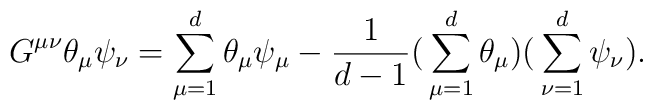
G^{\mu \nu} \theta_\mu \psi_\nu = \sum_{\mu = 1}^{d}\theta_\mu \psi_\mu- \frac{1}{d-1} \big(\sum_{\mu = 1}^{d}\theta_\mu\big) \big(\sum_{\nu = 1}^{d}\psi_\nu\big).